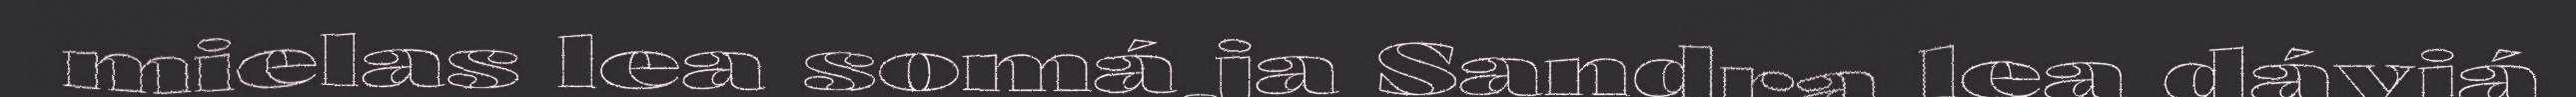
mielas lea somá ja Sandra lea dávjá